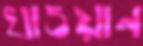
খাওয়ান